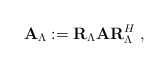
\begin{align*}\mathbf{A}_\Lambda := \mathbf{R}_\Lambda \mathbf{A} \mathbf{R}_\Lambda^H \;,\end{align*}